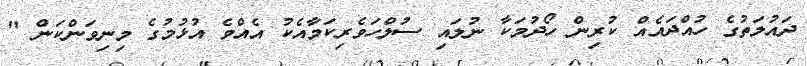
ދައުލަތުގެ ހުއްދައެއް ކުރިން ހޯދުމަކާ ނުލައި ސުލްހަވެރިކަމާއެކު އެއްވެ އުޅުމުގެ މިނިވަންކަން "